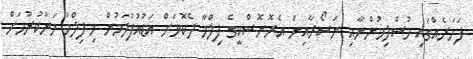
ފަހަރެއްގައި މުސްލިމުންނާއި ނަސޯރާއިން އެރޮނޮސްކީގެ ފިލްމާ ދެކޮޅަށް އަޑުއުފުލަމުން މި ފިލްމު މަނާކުރުމަށް